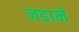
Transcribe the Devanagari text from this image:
जडाने